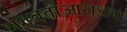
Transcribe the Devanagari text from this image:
भगवतीआराधना